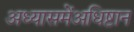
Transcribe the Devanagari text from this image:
अध्यासमेंअधिष्टान